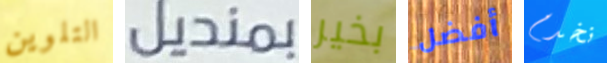
التلوين بمنديل بخير أفضل نخدم